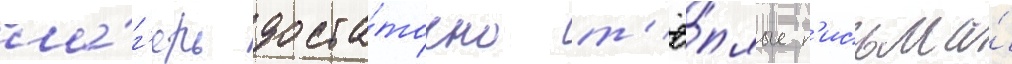
ла́г'ерь доста́точно т'ё́плые п'исьма́